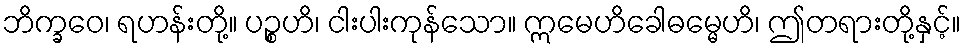
ဘိက္ခဝေ၊ ရဟန်းတို့။ ပဉ္စဟိ၊ ငါးပါးကုန်သော။ ဣမေဟိခေါဓမ္မေဟိ၊ ဤတရားတို့နှင့်။